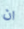
ان